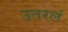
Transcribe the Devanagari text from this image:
उतरलं